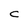
Character: C